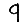
Digit: 9